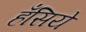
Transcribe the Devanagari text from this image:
हँसिये